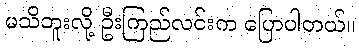
မသိဘူးလို့ ဦးကြည်လင်းက ပြောပါတယ်။